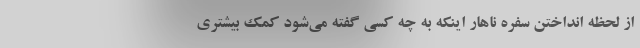
از لحظه انداختن سفره ناهار اینکه به چه کسی گفته می‌شود کمک بیشتری